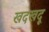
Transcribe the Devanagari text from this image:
खदखदू